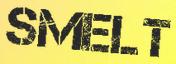
SMELT